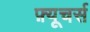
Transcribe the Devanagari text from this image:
फ़्यूचर्स